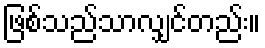
ဖြစ်သည်သာလျှင်တည်း။